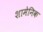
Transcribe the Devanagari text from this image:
शामेनिक